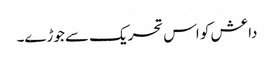
داعش کو اس تحریک سے جوڑے۔